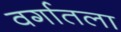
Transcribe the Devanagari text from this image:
वर्गातला